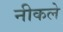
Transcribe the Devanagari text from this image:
नीकले